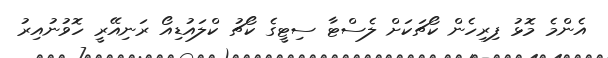
އެންމެ މޮޅު ފިރިހެން ކޯޗަކަށް ލެސްޓާ ސިޓީގެ ކޯޗު ކްލައުޑިއޯ ރަނިއޭރީ ހޮވުނުއިރު